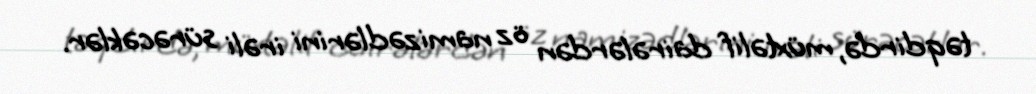
təqdirdə, müxtəlif dairələrdən öz namizədlərini irəli sürəcəklər.